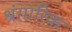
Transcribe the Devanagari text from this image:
श्रंगारिक